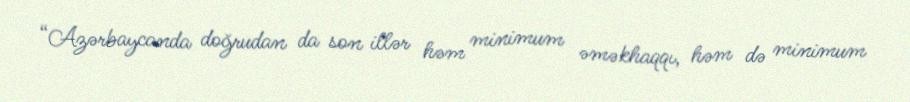
“Azərbaycanda doğrudan da son illər həm minimum əməkhaqqı, həm də minimum